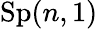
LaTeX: \mathrm{Sp}(n,1)